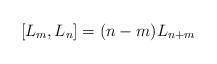
LaTeX: \begin{align*}[L_m, L_n] = (n-m) L_{n+m}\end{align*}